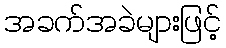
အခက်အခဲများဖြင့်